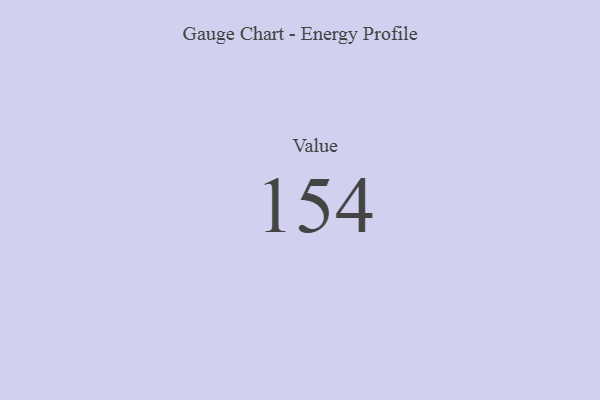
{"axis": {"x": "Metric", "y": "Value"}, "legend": [""], "data": [{"x": "Value", "y": 154, "type": ""}]}